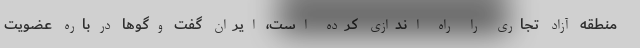
منطقه آزاد تجاری را راه اندازی کرده است، ایران گفت وگوها درباره عضویت